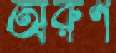
অরুণ